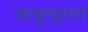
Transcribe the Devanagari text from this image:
जाबुल्झारा